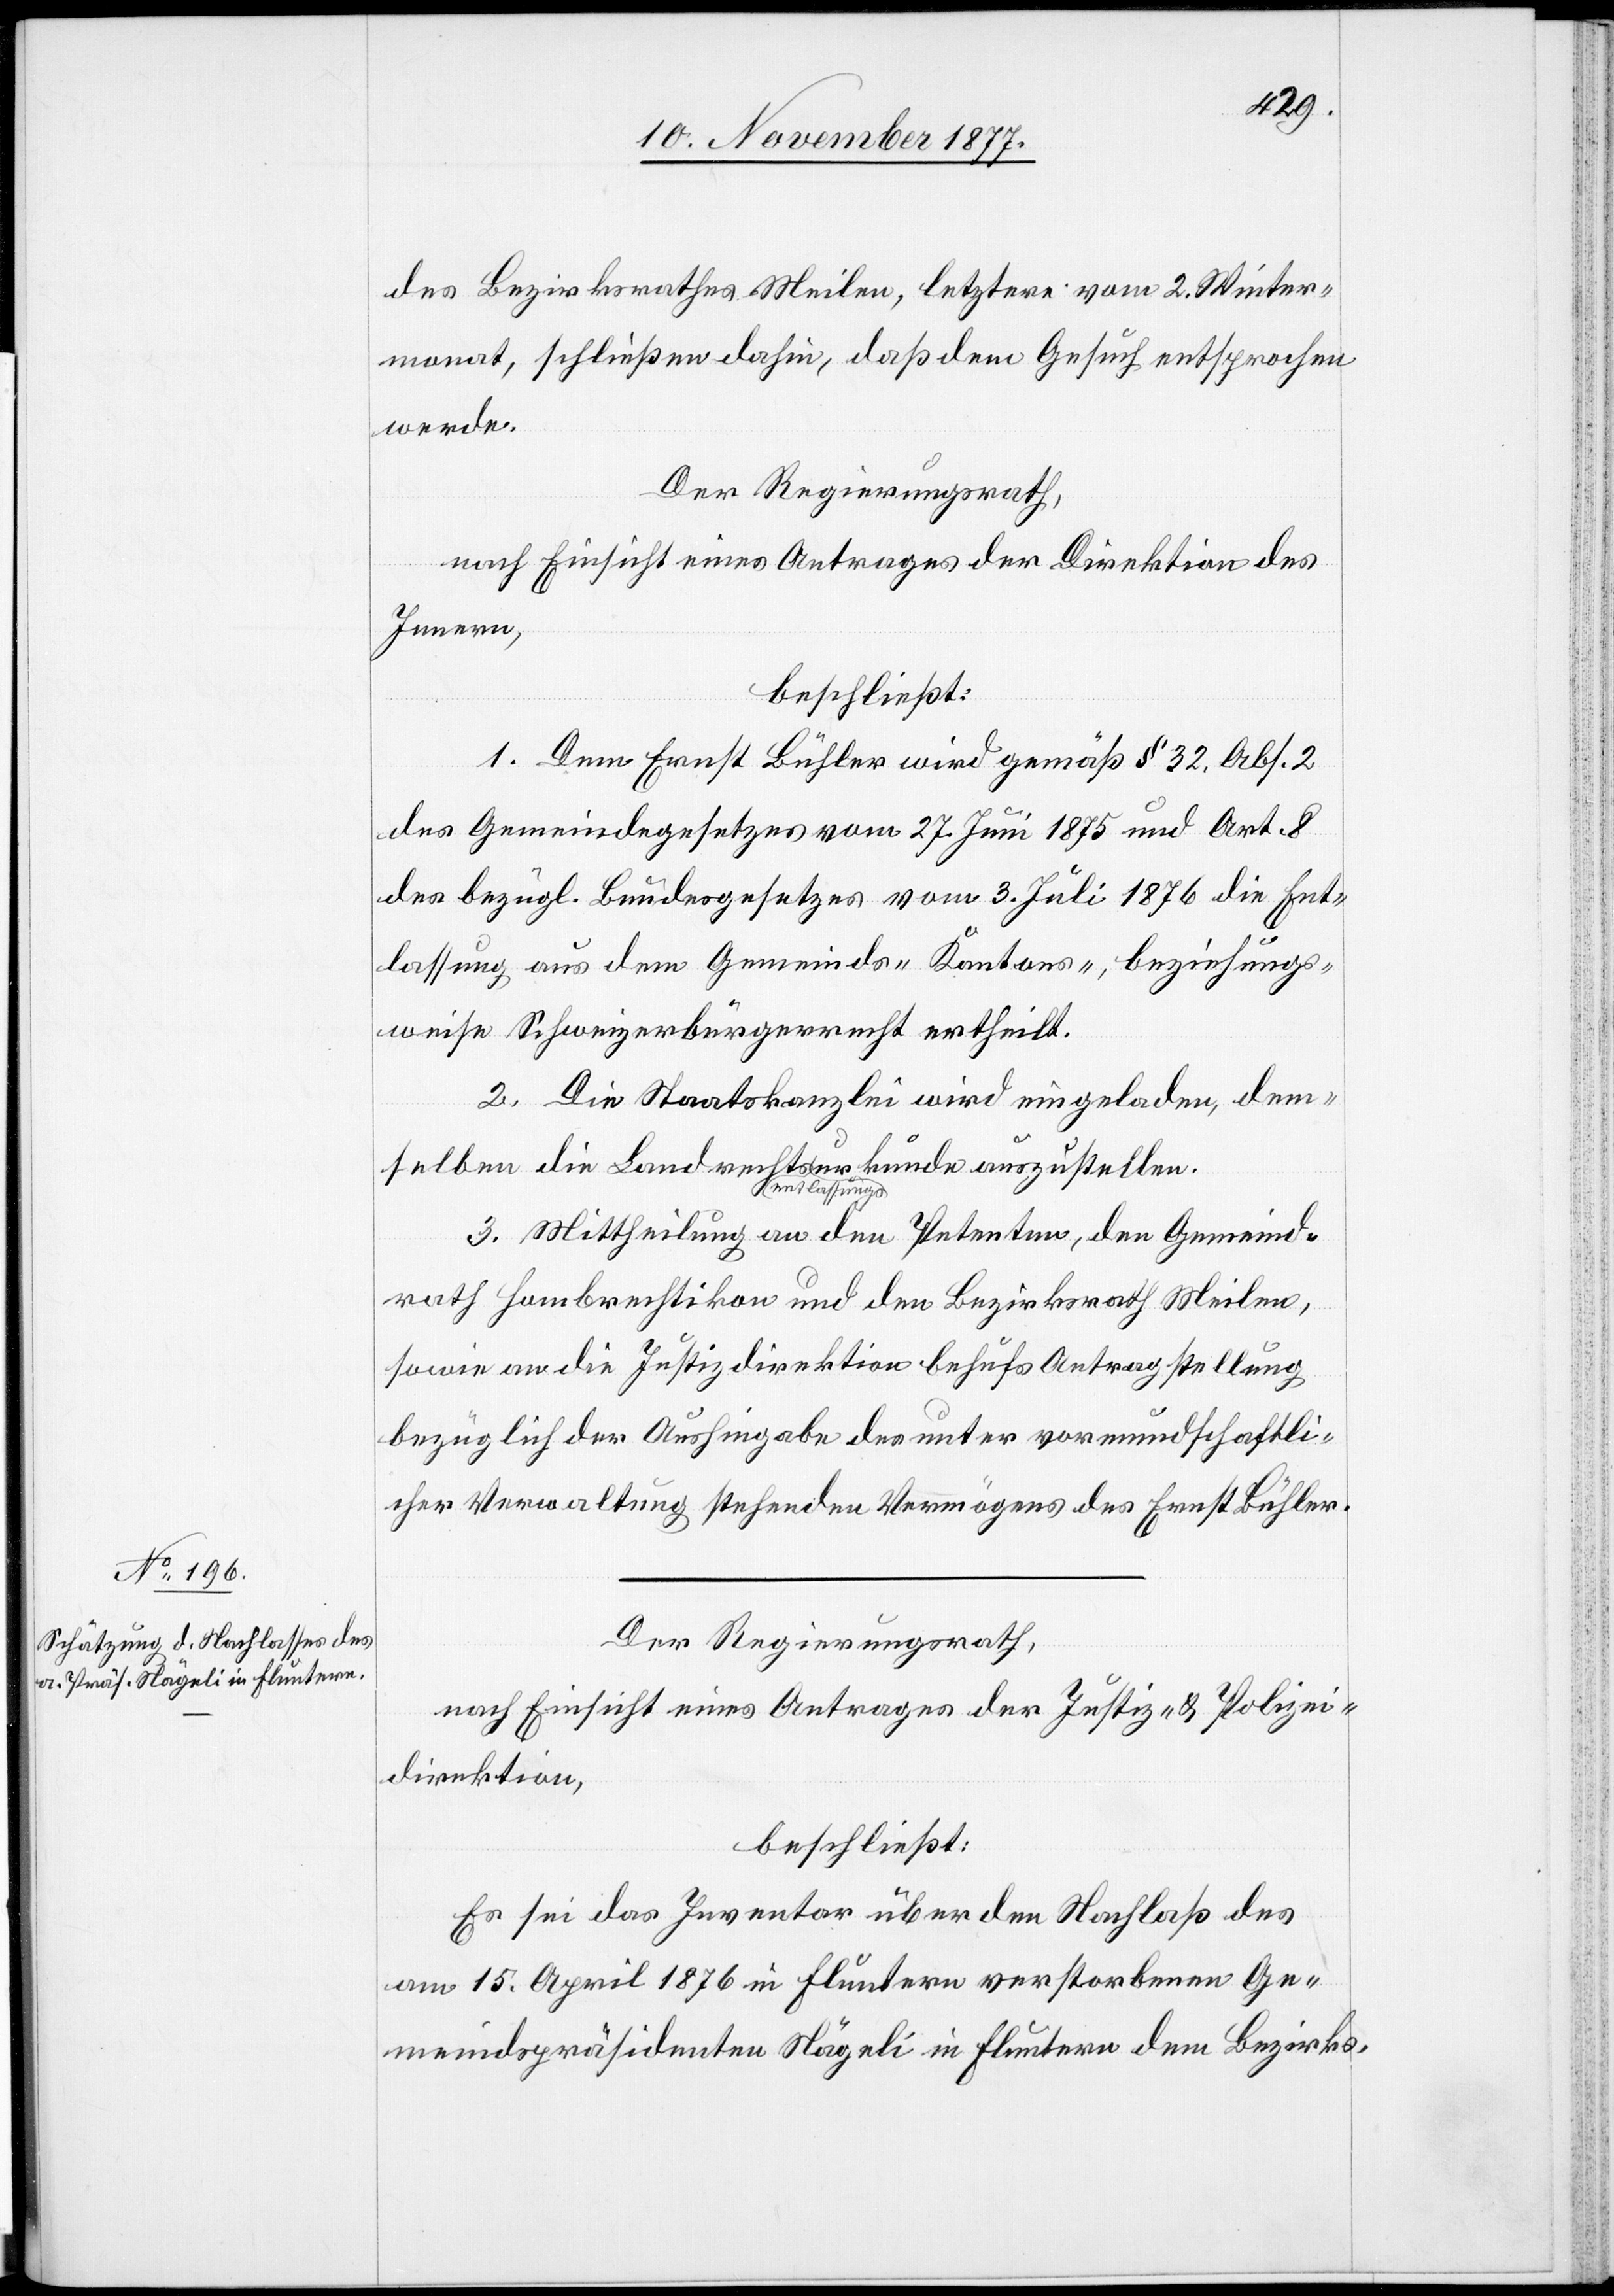
des Bezirksrathes Meilen, letztere vom 2. Winter¬
monat, schließen dahin, daß dem Gesuch entsprochen
werde.
Der Regierungsrath,
nach Einsicht eines Antrages der Direktion des
Innern,
beschließt:
1. Dem Ernst Bühler wird gemäß § 32, Abs. 2
des Gemeindegesetzes vom 27. Juni 1875 und Art. 8
des bezügl. Bundesgesetzes vom 3. Juli 1876 die Ent¬
lassung aus dem Gemeinds- Kantons-, beziehungs¬
weise Schweizerbürgerrecht ertheilt.
2. Die Staatskanzlei wird eingeladen, dem¬
selben die Landrechtsentlassungsurkunde auszustellen.
3. Mittheilung an den Petenten, den Gemeind¬
rath Hombrechtikon und den Bezirksrath Meilen,
sowie an die Justizdirektion behufs Antragstellung
bezüglich der Aushingabe des unter vormundschaftli¬
cher Verwaltung stehenden Vermögens des Ernst Bühler.
Der Regierungsrath,
nach Einsicht eines Antrages der Justiz- & Polizei¬
direktion,
beschließt:
Es sei das Inventar über den Nachlaß des
am 15. April 1876 in Fluntern verstorbenen Ge¬
meindspräsidenten Nägeli in Fluntern dem Bezirks-